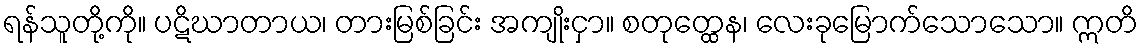
ရန်သူတို့ကို။ ပဋိဃာတာယ၊ တားမြစ်ခြင်း အကျိုးငှာ။ စတုတ္ထေန၊ လေးခုမြောက်သောသော။ ဣတိ